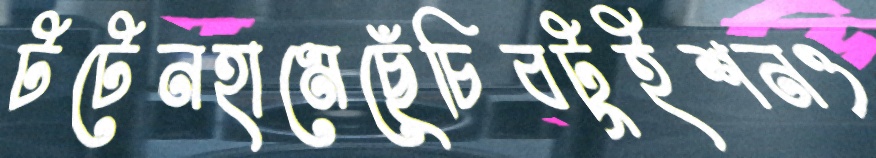
টটেনহামেছেঁচিবটুইশনও